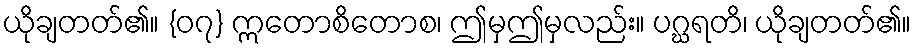
ယိုချတတ်၏။ {၀၇} ဣတောစိတောစ၊ ဤမှဤမှလည်း။ ပဂ္ဃရတိ၊ ယိုချတတ်၏။